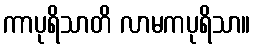
ကာပုရိသာတိ လာမကပုရိသာ။